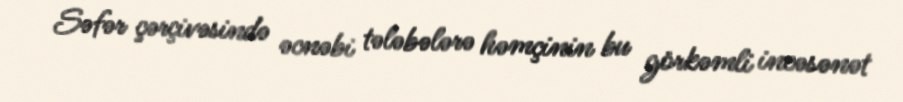
Səfər çərçivəsində əcnəbi tələbələrə həmçinin bu görkəmli incəsənət